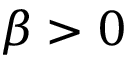
\beta > 0